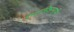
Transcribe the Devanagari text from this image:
स्वामिन्नमामि